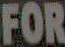
FOR